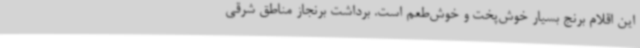
این اقلام برنج بسیار خوش‌پخت و خوش‌طعم است. برداشت برنجاز مناطق شرقی